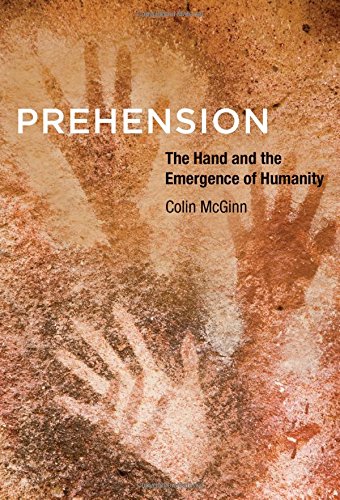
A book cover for Prehension: The Hand and the Emergence of Humanity; Colin McGinn; Politics & Social Sciences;